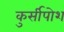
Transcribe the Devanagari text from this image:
कुर्सीपोश